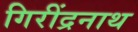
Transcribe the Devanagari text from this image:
गिरींद्रनाथ